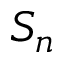
S _ { n }